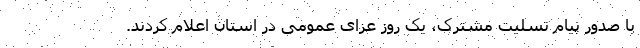
با صدور پیام تسلیت مشترک، یک روز عزای عمومی در استان اعلام کردند.